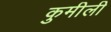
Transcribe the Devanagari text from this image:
कुमीली